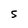
Character: s